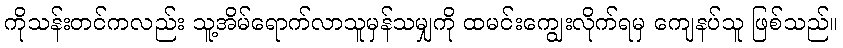
ကိုသန်းတင်ကလည်း သူ့အိမ်ရောက်လာသူမှန်သမျှကို ထမင်းကျွေးလိုက်ရမှ ကျေနပ်သူ ဖြစ်သည်။